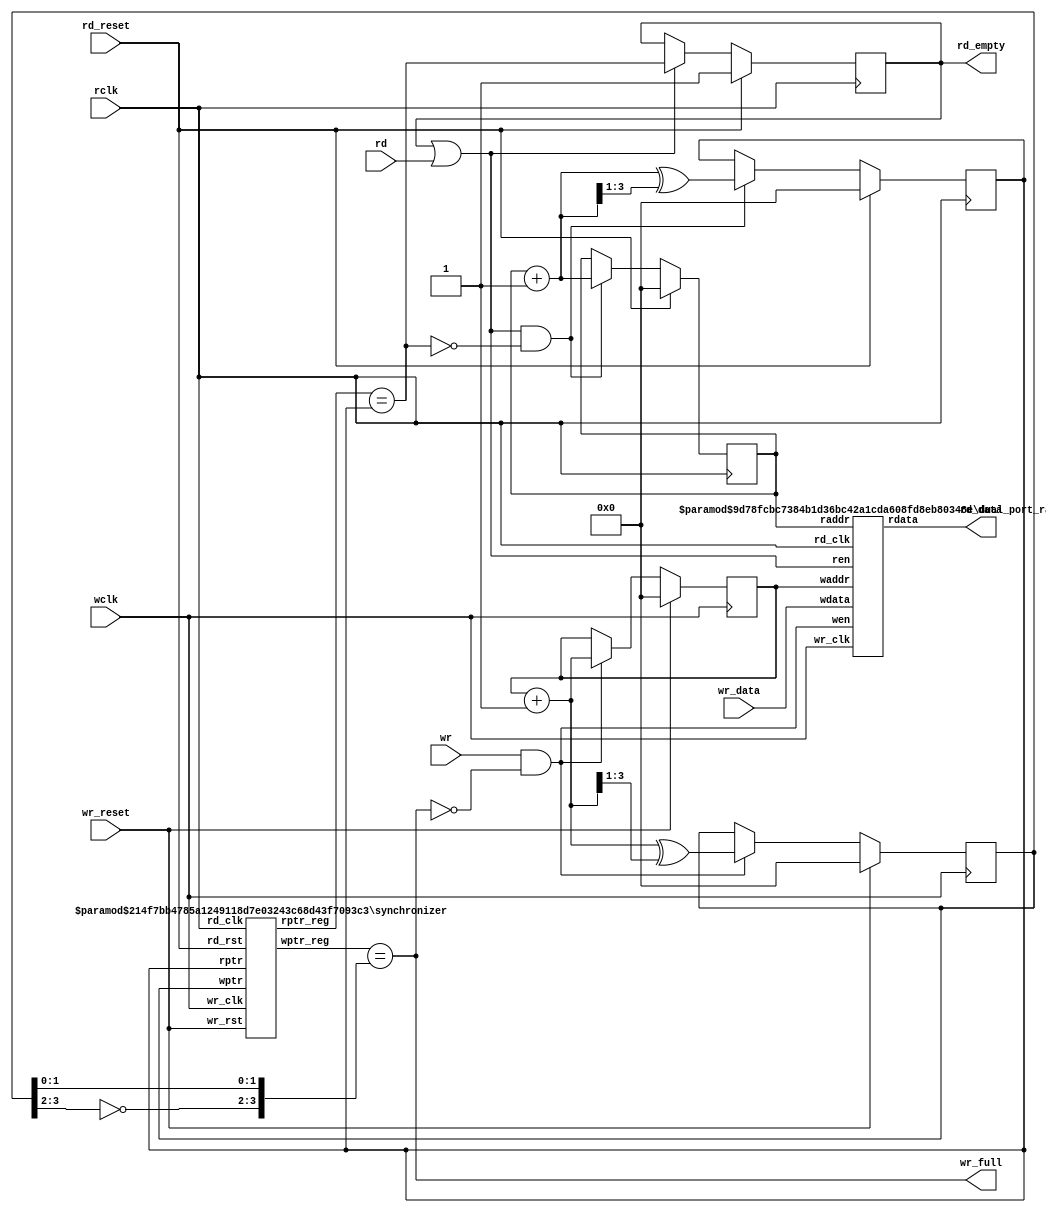
`timescale 1 ns / 1 ps

module afifo #(
	/* Defining depth of fifo */
	parameter	ADDRSIZE = 3,
	//
	// WIDTH is the number of data bits in each entry
	parameter	DATASIZE  = 32,
	//
	/* Total number of syn stages. The number of stages can be greater than 2 but not less than 2 */
	parameter	SYNC_STAGES    = 2,
	/* For BRAM set MEM_TYPE=1, while for Distributed memory set MEM_TYPE=0 */
	parameter MEM_TYPE = 0

	) 
	(
	
    input   wire                  wclk, 
    input   wire                  wr_reset, 
    input   wire                  wr,
    input   wire [DATASIZE-1:0]   wr_data,
    output                        wr_full,
    input   wire                  rclk,
    input   wire                  rd_reset,
    input   wire                  rd,
    output       [DATASIZE-1:0]   rd_data,
    output  reg                   rd_empty

    );

    reg     [ADDRSIZE:0]          rd_addr;
    reg     [ADDRSIZE:0]          wr_addr;
    wire    [ADDRSIZE:0]          rd_wgray;
    wire    [ADDRSIZE:0]          wr_rgray;
    wire    [ADDRSIZE:0]          next_rd_addr;
    wire    [ADDRSIZE:0]          next_wr_addr;
    reg     [ADDRSIZE:0]          rgray, wgray;
    wire                          ren;
    wire                          read_empty;


    /* increment write pointer when wr signal goes high and fifo is not full */
    assign	next_wr_addr = wr_addr + 1;
    always @(posedge wclk )
    if (wr_reset)
    begin
        wr_addr <= 0;
        wgray   <= 0;
    end else if (wr && !wr_full)
    begin
        wr_addr <= next_wr_addr;
        /* Binary to Gray code conversion */
        wgray   <= next_wr_addr ^ (next_wr_addr >> 1);
    end
    
    /* increment read pointer when rd signal goes high and fifo is not empty */
    assign	next_rd_addr = rd_addr + 1;
    always @(posedge rclk)
    if (rd_reset)
    begin
        rd_addr <= 0;
        rgray   <= 0;
    end else if (ren && !read_empty)
    begin
        rd_addr <= next_rd_addr;
        /* Binary to Gray code conversion */
        rgray   <= next_rd_addr ^ (next_rd_addr >> 1);
    end


	/* wr_full signal goes high if fifo is full */
	assign 	wr_full = (wr_rgray == { ~wgray[ADDRSIZE:ADDRSIZE-1], wgray[ADDRSIZE-2:0] });

	/* this signal goes high if fifo is empty */
	assign  read_empty = (rd_wgray == rgray);
		
	assign  ren = (rd_empty || rd);

        
    always @(posedge rclk )
        if (rd_reset)
            rd_empty <= 1'b1;
         else if (ren)
            rd_empty <= read_empty;

	
    synchronizer # (.SYNC_STAGES(SYNC_STAGES),
                    .ADDRSIZE   (ADDRSIZE))
    synchronizer(
                .wptr_reg    (wr_rgray),
                .rptr_reg    (rd_wgray),
                .wr_clk      (wclk),
                .rd_clk      (rclk),
                .wr_rst      (wr_reset),
                .rd_rst      (rd_reset),
                .wptr        (wgray),
                .rptr        (rgray)
                );
	
   dual_port_ram # (.DATASIZE(DATASIZE),
                    .ADDRSIZE (ADDRSIZE)
                    )
   dual_port_ram(
                 .rdata  (rd_data),
                 .wr_clk (wclk),
                 .rd_clk (rclk),
                 .wen    (wr && !wr_full),
                 .ren    (ren),
                 .wdata  (wr_data),
                 .waddr  (wr_addr),
                 .raddr  (rd_addr)
                 );

endmodule

module dual_port_ram #(
    /* Define width of memory */
    parameter DATASIZE = 32,
    /* Define depth of memory */
    parameter ADDRSIZE = 4
)
(
    output reg [DATASIZE-1:0]   rdata,
    input                       wr_clk,
    input                       rd_clk,
    input                       wen,
    input                       ren,
    input      [DATASIZE-1:0]   wdata,
    input      [ADDRSIZE:0]     waddr,
    input      [ADDRSIZE:0]     raddr
);
   
   /* Inferring Block memory as Dual Port RAM */
   
       reg [DATASIZE-1:0] mem	[(1<<ADDRSIZE)-1:0];

        always @(posedge rd_clk) begin
            if (ren) begin
                rdata   <= mem[raddr[ADDRSIZE-1:0]];
            end
        end

        always @(posedge wr_clk) begin
            if (wen) 
            mem[waddr[ADDRSIZE-1:0]]  <=  wdata;
        end
    
endmodule

module synchronizer #(

     /* Total number of synchronization stages, to handle metastaibility. This value can be greater but minimum value is 2 */
    parameter SYNC_STAGES   = 2,
    parameter ADDRSIZE      = 4
)
(
    output  [ADDRSIZE:0]    wptr_reg,
    output  [ADDRSIZE:0]    rptr_reg,
    input                   wr_clk,
    input                   rd_clk,
    input                   wr_rst,
    input                   rd_rst,
    input   [ADDRSIZE:0]    wptr,
    input   [ADDRSIZE:0]    rptr

);
    
    reg [ADDRSIZE:0] wr_sync_register[0:SYNC_STAGES-1];
    reg [ADDRSIZE:0] rd_sync_register[0:SYNC_STAGES-1];


    assign wptr_reg = wr_sync_register[SYNC_STAGES-1];
    assign rptr_reg = rd_sync_register[SYNC_STAGES-1];

    always @(posedge wr_clk) begin
        if (wr_rst) begin
            wr_sync_register[0] <= 0;
        end
        else begin
            wr_sync_register[0] <= rptr;
        end   
    end

    always @(posedge rd_clk) begin
        if (rd_rst) begin
            rd_sync_register[0] <= 0;
        end
        else begin
            rd_sync_register[0] <= wptr;
        end
        
    end
    
    genvar i;

    generate
        for(i=0; i<(SYNC_STAGES-1); i = i+1)begin
            always@(posedge wr_clk ) begin
                if(wr_rst) begin
                    wr_sync_register[i+1] <= 0;
                end
                else begin
                    wr_sync_register[i+1] <= wr_sync_register[i];
                end
            end     
            always @(posedge rd_clk ) begin
                if (rd_rst) begin
                    rd_sync_register[i+1] <= 0;
                end
                else begin
                    rd_sync_register[i+1] <= rd_sync_register[i];
                end    
            end
        end
    endgenerate


endmodule